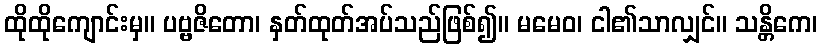
ထိုထိုကျောင်းမှ။ ပဗ္ဗဇိတော၊ နှတ်ထုတ်အပ်သည်ဖြစ်၍။ မမေဝ၊ ငါ၏သာလျှင်။ သန္တိကေ၊